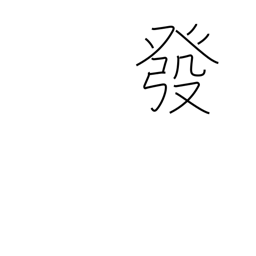
Meaning: publish